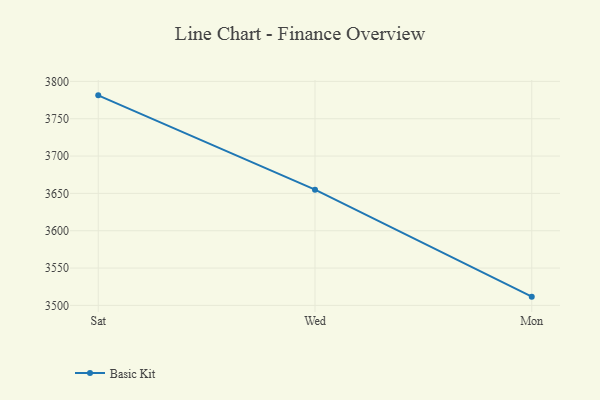
{"axis": {"x": "Day", "y": "Energy Usage (MWh)"}, "legend": ["Basic Kit"], "data": [{"x": "Sat", "y": 3781.3, "type": "Basic Kit"}, {"x": "Wed", "y": 3655.0, "type": "Basic Kit"}, {"x": "Mon", "y": 3511.7, "type": "Basic Kit"}]}